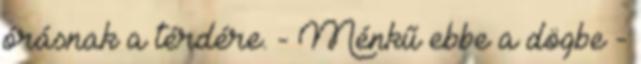
órásnak a térdére. - Ménkű ebbe a dögbe -